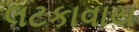
લટકાવાય